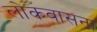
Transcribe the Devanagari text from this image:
लोकवासना